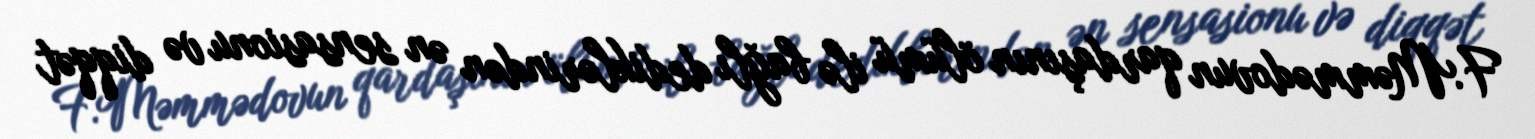
F.Məmmədovun qardaşının ölümü ilə bağlı dediklərindən ən sensasionu və diqqət